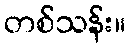
တစ်သန်း။